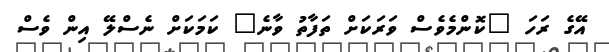
އޭގެ ރަހަ "ކޮންމެވެސް ވަރަކަށް ތަފާތު ވާނެ" ކަމަކަށް ނެސްލޭ އިން ވެސް